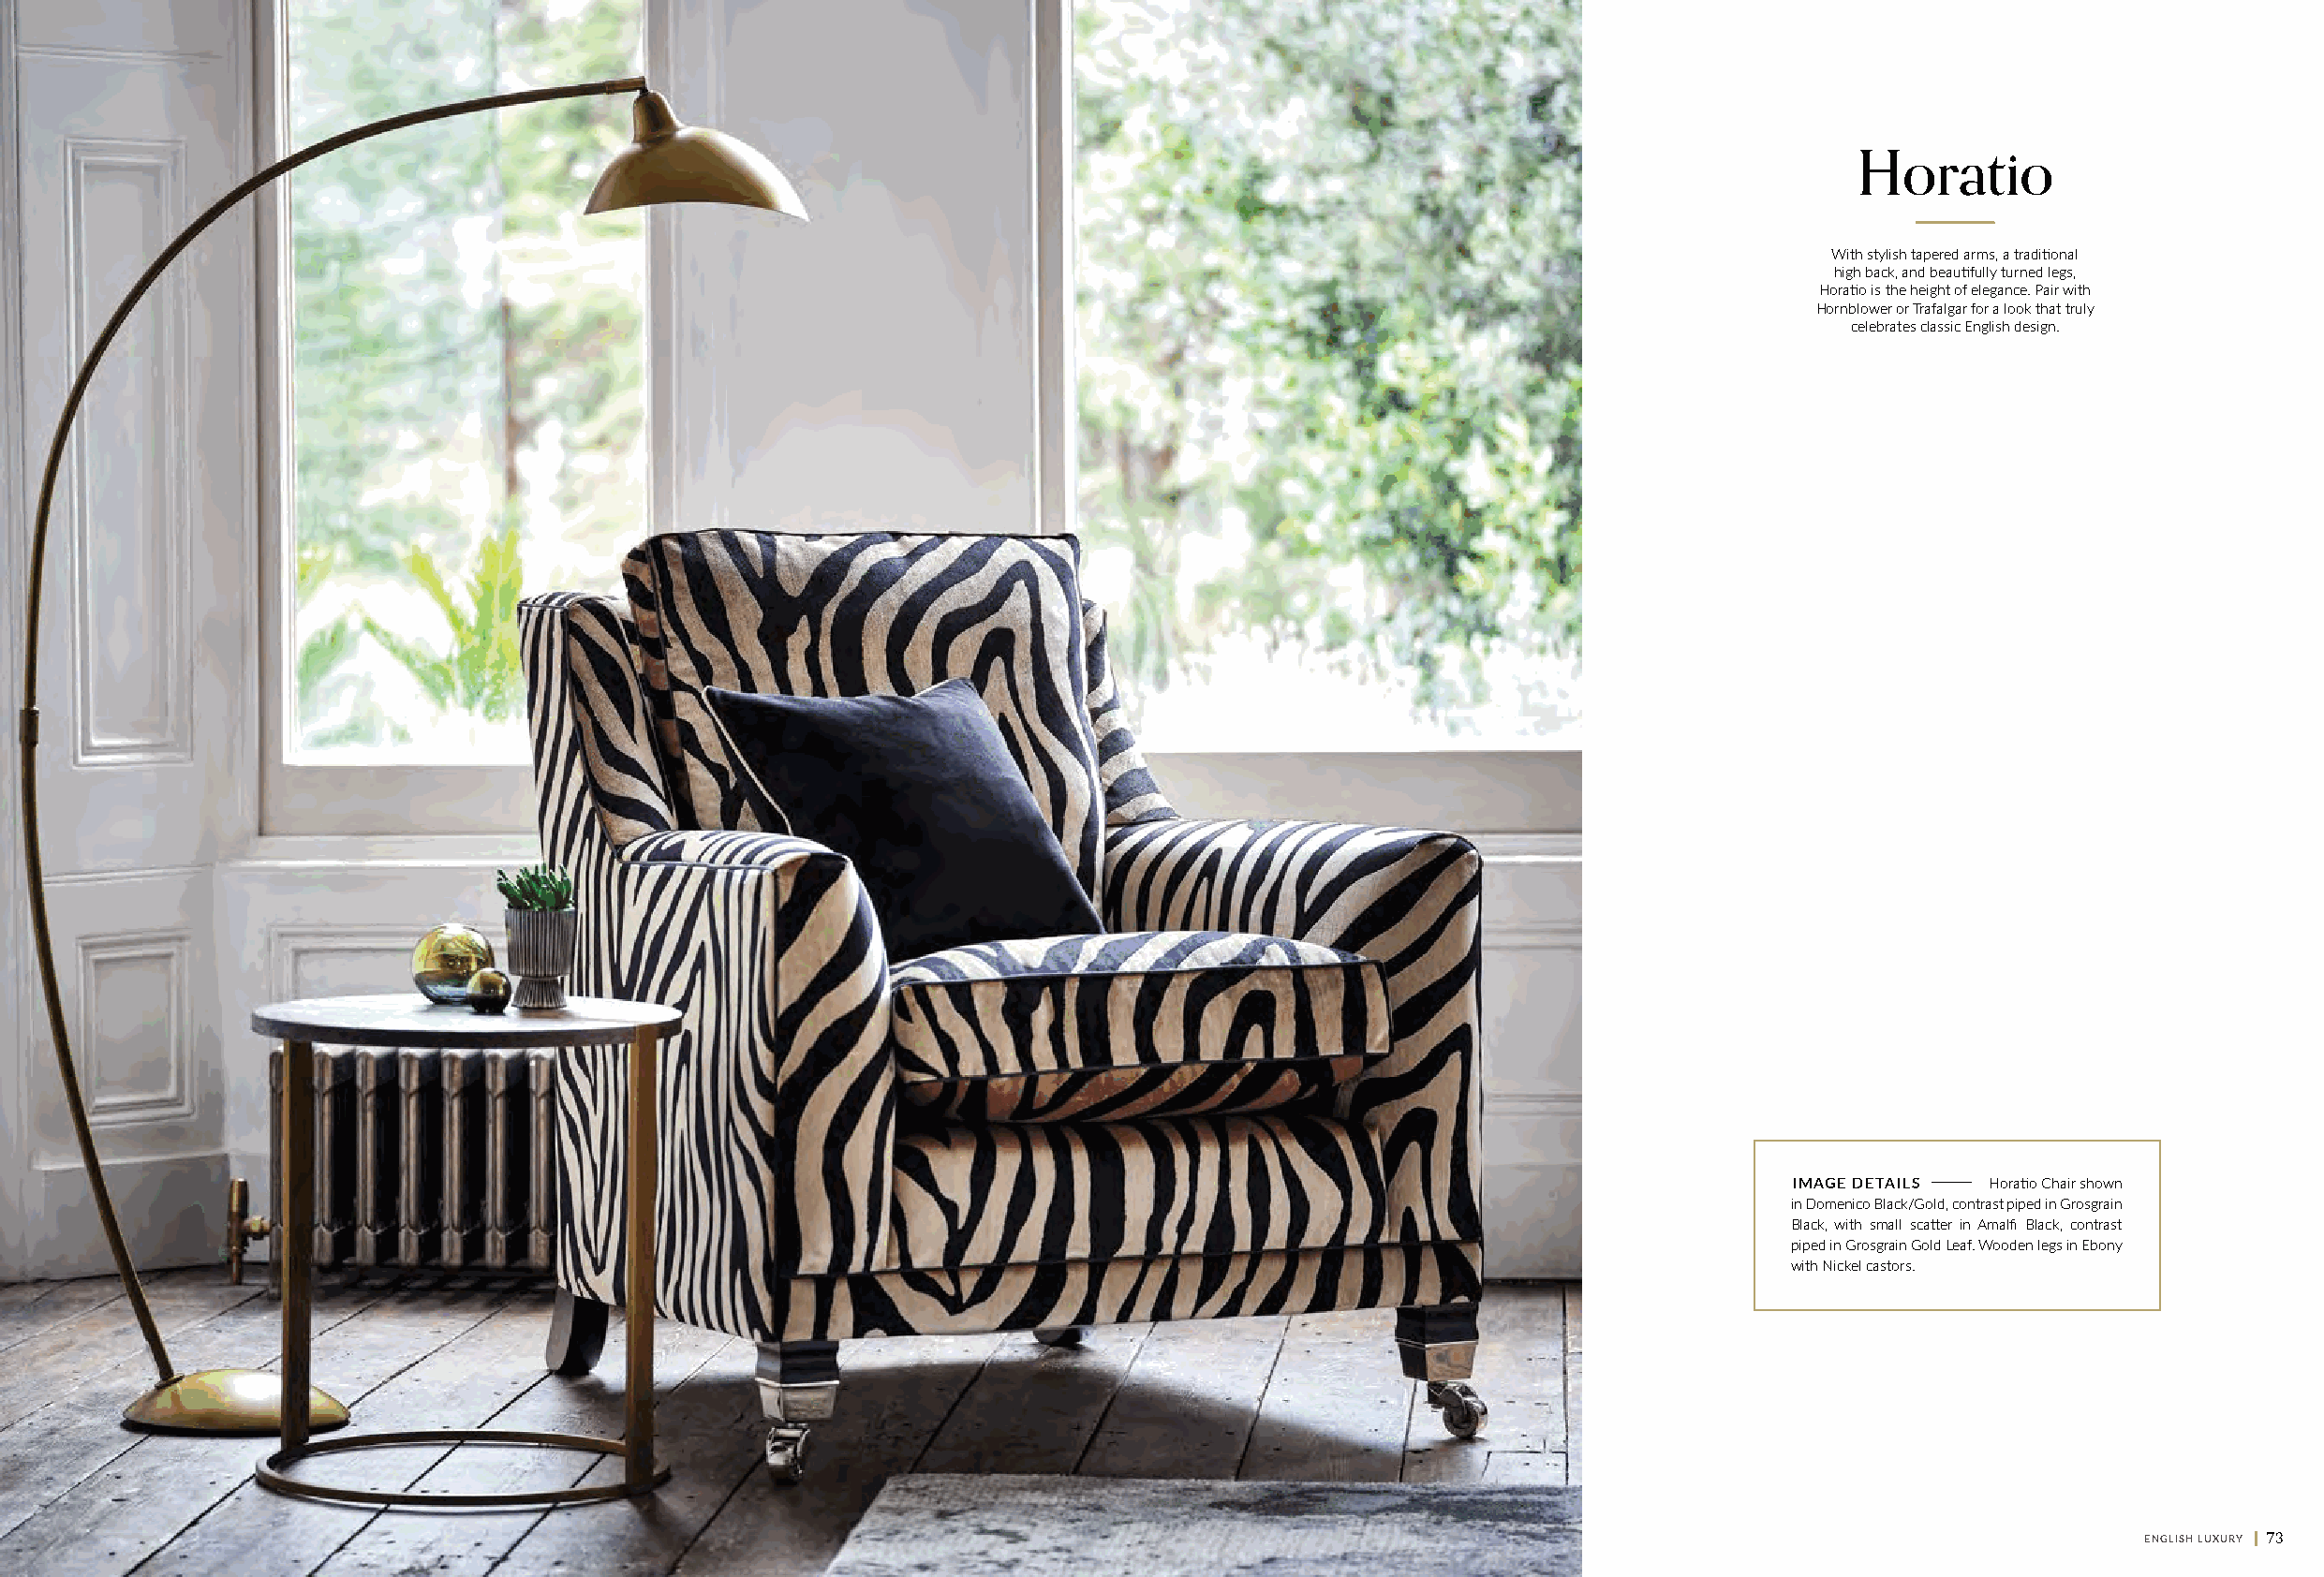
Horatio
 With stylish tapered arms, a traditional
 high back, and beautifully turned legs,
 Horatio is the height of elegance. Pair with
 Hornblower or Trafalgar for a look that truly
 celebrates classic English design.
 I M A G E D E T A I L S Horatio Chair shown
 in Domenico Black/Gold, contrast piped in Grosgrain
 Black, with small scatter in Amalfi Black, contrast
 piped in Grosgrain Gold Leaf. Wooden legs in Ebony
 with Nickel castors.
 72 || ENGLISH LUXURY                                                                                                                                 ENGLISH LUXURY || 73